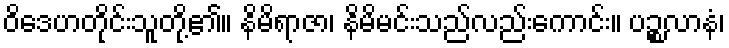
ဝိဒေဟတိုင်းသူတို့၏။ နိမိရာဇာ၊ နိမိမင်းသည်လည်းကောင်း။ ပဉ္စလာနံ၊